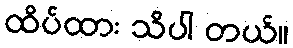
ထိပ်ထား သိပါ တယ်။